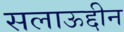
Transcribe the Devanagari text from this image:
सलाऊद्दीन